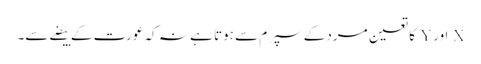
X اور Y کا تعین مرد کے سپرم سے ہوتا ہے نہ کہ عورت کے بیضے سے۔